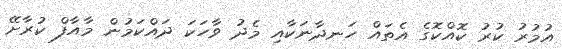
އުމުރު ކުރު ކޮއްކޮގެ އެތައް ހަނދާނަކާއި މެދު ވާހަކަ ދައްކަމުން މާއާފް ކުރާށޭ